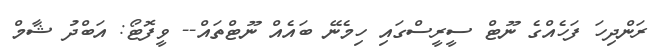
ރަންދިހަ ފަހެއްގެ ނޫޓް ސީރީސްގައި ހިމެނޭ ބައެއް ނޫޓްތައް-- ވީފޮޓޯ: އަބްދު ޝާމް